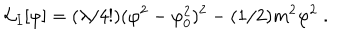
LaTeX: { \cal L } _ { I } [ \varphi ] = ( \lambda / 4 ! ) ( \varphi ^ { 2 } - \varphi _ { 0 } ^ { 2 } ) ^ { 2 } - ( 1 / 2 ) m ^ { 2 } \varphi ^ { 2 } \; .